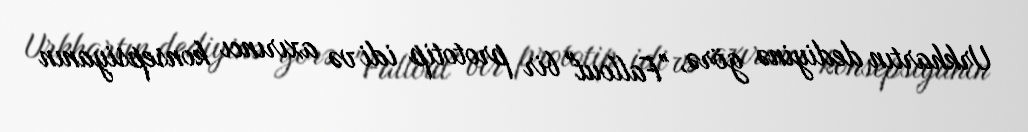
Urkhartın dediyinə görə, "Fallout" bir prototip idi və axırıncı konsepsiyanın